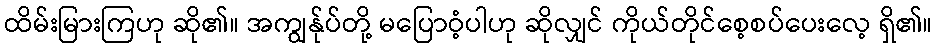
ထိမ်းမြားကြဟု ဆို၏။ အကျွန်ုပ်တို့ မပြောဝံ့ပါဟု ဆိုလျှင် ကိုယ်တိုင်စေ့စပ်ပေးလေ့ ရှိ၏။